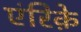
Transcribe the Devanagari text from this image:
एंरिक़े